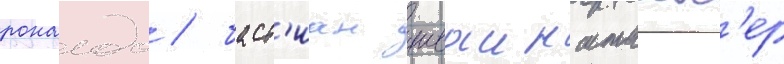
роналдо / баст'иан шваинштаиг'ер